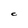
Character: C